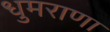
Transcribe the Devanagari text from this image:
धुमराणा